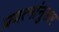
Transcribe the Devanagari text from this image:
प्रयत्नांनुसार